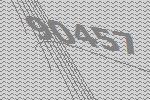
90457